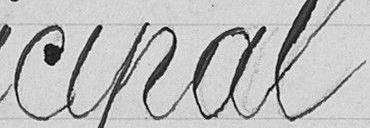
cipal